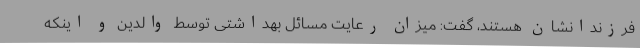
فرزندانشان هستند، گفت: میزان رعایت مسائل بهداشتی توسط والدین و اینکه